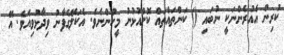
ކުރިން އެއުރެންނަކީ ނުބައި () ކަންތައްތައް ކޮށްއުޅުނު މީހުންނެވެ. އެކަލޭގެފާނު ވިދާޅުވިއެވެ. އޭ